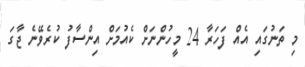
މި ތަނުގައި އެއް ފަހަރާ 24 މީހުންނަށް ކެއުމަށް އިންސާފު ކުރެވޭނެ ޖާގަ